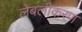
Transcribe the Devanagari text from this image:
लेबलीकरण